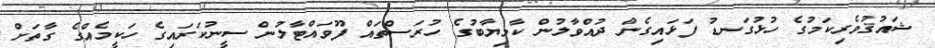
ޝައުޤުވެރިކަމުގެ ހުޅުގަނޑު ފަޅައިގެން ދުއްވާލުން ކާމިޔާބުގެ ހުރަސްތައް ފޫވައްޓާލުން ސީނުކަރައިގެ ހަކީމެއްގެ ގާތަށް